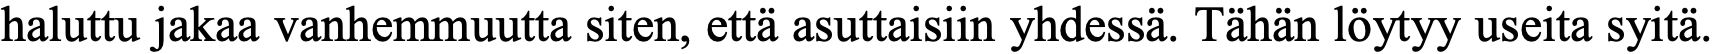
haluttu jakaa vanhemmuutta siten, että asuttaisiin yhdessä. Tähän löytyy useita syitä.